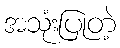
အသုံးပြုတဲ့